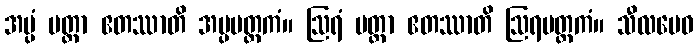
အပ္ပံ မတ္တာ ဧတဿာတိ အပ္ပမတ္တကံ။ ဩရံ မတ္တာ ဧတဿာတိ ဩရမတ္တကံ။ သီလမေဝ